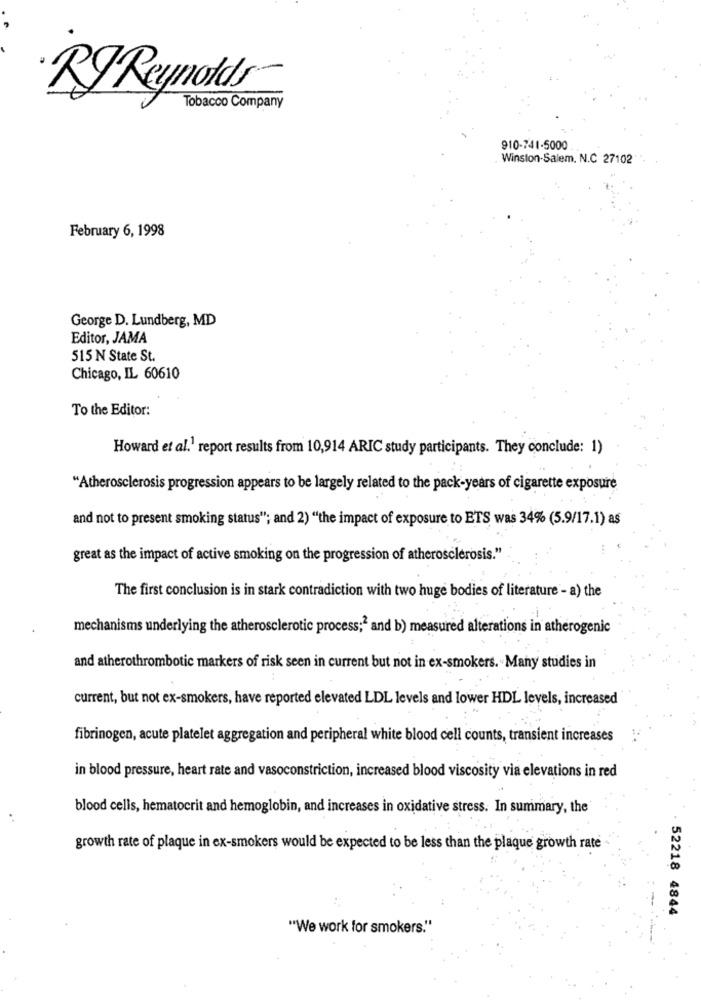
-
Rg Reynolds
Tobacco Company
910-741-5000
Winston-Salem. N.C 27102
February 6, 1998
George D. Lundberg, MD
Editor, JAMA
515 N State St.
Chicago, IL 60610
To the Editor:
Howard et al.' report results from 10,914 ARIC study participants. They conclude: 1)
"Atherosclerosis progression appears to be largely related to the pack-years of cigarette exposure
and not to present smoking status"; and 2) "the impact of exposure to ETS was 34% (5.9/17.1) as
great as the impact of active smoking on the progression of atherosclerosis."
The first conclusion is in stark contradiction with two huge bodies of literature - a) the
mechanisms underlying the atherosclerotic process;2 and b) measured alterations in atherogenic
and atherothrombotic markers of risk seen in current but not in ex-smokers. Many studies in
current, but not ex-smokers, have reported elevated LDL levels and lower HDL levels, increased
fibrinogen, acute platelet aggregation and peripheral white blood cell counts, transient increases
in blood pressure, heart rate and vasoconstriction, increased blood viscosity via elevations in red
blood cells, hematocrit and hemoglobin, and increases in oxidative stress. In summary, the
growth rate of plaque in ex-smokers would be expected to be less than the plaque growth rate
52218 4844
"We work for smokers."